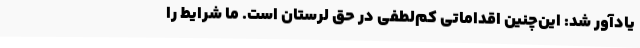
یادآور شد: این‌چنین اقداماتی کم‌لطفی در حق لرستان است. ما شرایط را